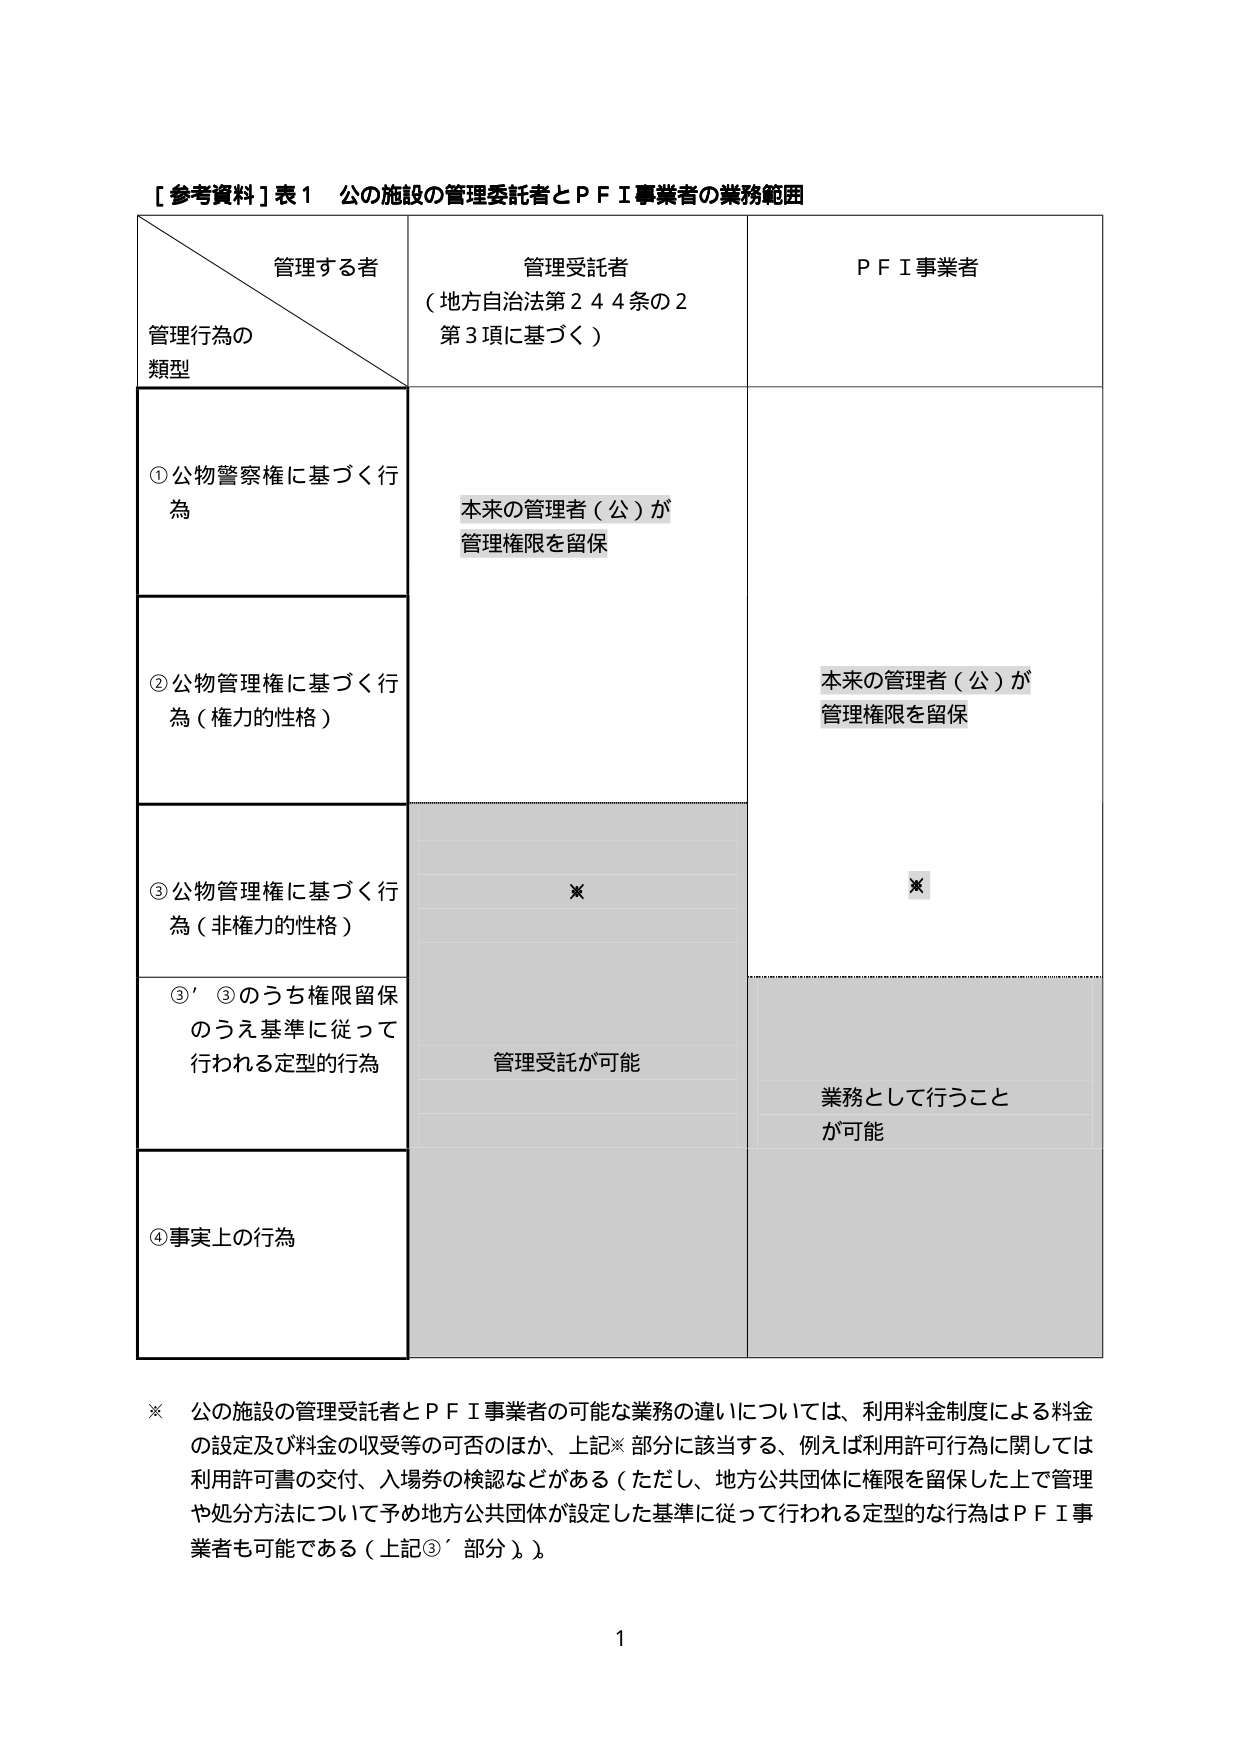
【参考資料】表１ 公の施設の管理委託者とＰＦＩ事業者の業務範囲

管理する者
管理行為の
類型

管理受託者
（地方自治法第２４４条の２
第３項に基づく）

ＰＦＩ事業者

①公物警察権に基づく行為

本来の管理者（公）が
管理権限を留保

②公物管理権に基づく行為（権力的性格）

本来の管理者（公）が
管理権限を留保

③公物管理権に基づく行為（非権力的性格）

※

※

③’ ③のうち権限留保
のうえ基準に従って
行われる定型的行為

管理受託が可能

業務として行うことが可能

④事実上の行為

※ 公の施設の管理受託者とＰＦＩ事業者の可能な業務の違いについては、利用料金制度による料金
の設定及び料金の収受等の可否のほか、上記※部分に該当する、例えば利用許可行為に関しては
利用許可書の交付、入場券の検認などがある（ただし、地方公共団体に権限を留保した上で管理
や処分方法について予め地方公共団体が設定した基準に従って行われる定型的な行為はＰＦＩ事
業者も可能である（上記③’部分））。

1